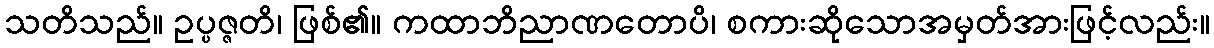
သတိသည်။ ဥပ္ပဇ္ဇတိ၊ ဖြစ်၏။ ကထာဘိညာဏတောပိ၊ စကားဆိုသောအမှတ်အားဖြင့်လည်း။